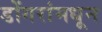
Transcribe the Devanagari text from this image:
डोंगरांमधून